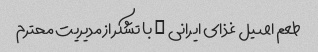
طعم اصیل غذای ایرانی … با تشکر از مدیریت محترم